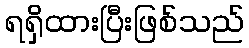
ရရှိထားပြီးဖြစ်သည်